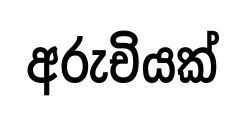
අරුචියක්